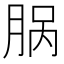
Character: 脶